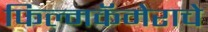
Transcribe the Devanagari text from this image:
फिल्मकॅमेराचे